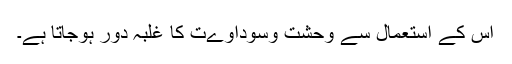
اس کے استعمال سے وحشت وسوداوےت کا غلبہ دور ہوجاتا ہے۔